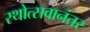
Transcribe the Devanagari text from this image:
रथोत्सवानंतर